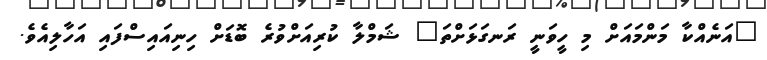
"އަނެއްކާ މަންމައަށް މި ހީވަނީ ރަނގަޅަށްތަ" ޝަމްލާ ކުރިއަށްވުރެ ބޮޑަށް ހިނިއައިސްފައި އަހާލިއެވެ.